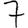
Digit: 7